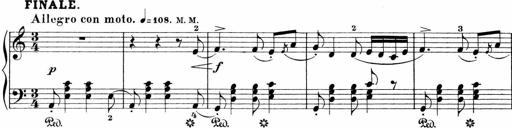
Title: Sonatinen Op.47, 98 und 136, nebst 6 Liedersonatinen
Composer: Carl Reinecke